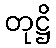
တုဋ္ဌိ